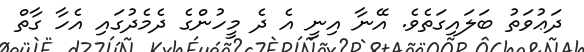
ދަޢުވަތު ބަލައިގަތެވެ. އޭނާ އިނީ އެ ދެ މީހުންގެ ދެމެދުގައި އެހާ ގާތް